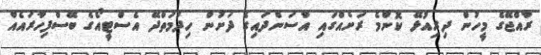
ރާއްޖޭގެ މީހުން ދިރިއުޅޭ ކޮންމެ ރަށެއްގައި އާސަންދައިގެ ދަށުން ހިދުމަތްދޭ އެސްޓީއޯގެ ބޭސްފިހާރައެއް